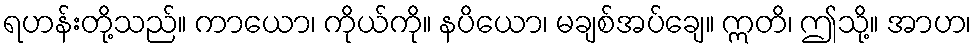
ရဟန်းတို့သည်။ ကာယော၊ ကိုယ်ကို။ နပိယော၊ မချစ်အပ်ချေ။ ဣတိ၊ ဤသို့။ အာဟ၊